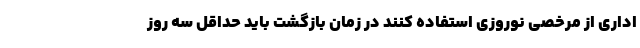
اداری از مرخصی نوروزی استفاده کنند در زمان بازگشت باید حداقل سه روز